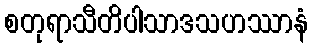
စတုရာသီတိပါသာဒသဟဿာနံ